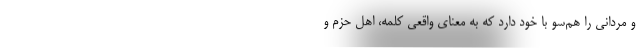
و مردانی را هم‌سو با خود دارد که به معنای واقعی کلمه، اهل حَزم و